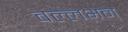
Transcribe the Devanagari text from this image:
वल्लभन्